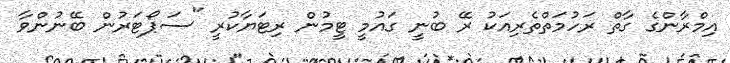
އިމްރާންގެ ގާތް ރަހުމަތްތެރިއަކު ރޭ ބުނީ ގައުމީ ޓީމުން ރިޓަޔާކުރީ "ސަޕޯޓަރުން ބޭނުންވާ